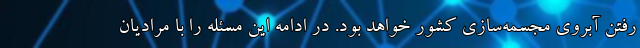
رفتن آبروی مجسمه‌سازی کشور خواهد بود. در ادامه این مسئله را با مرادیان